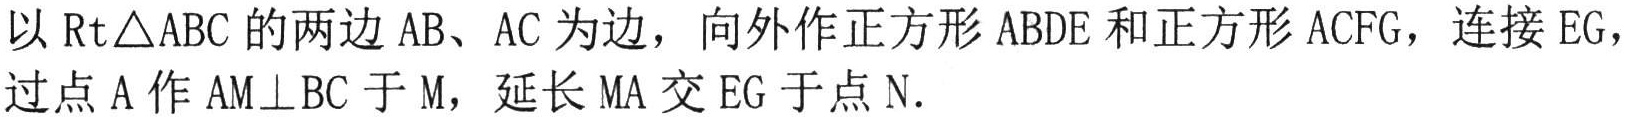
以\(Rt\triangle ABC\)的两边\(AB\)、\(AC\)为边，向外作正方形\(ABDE\)和正方形\(ACFG\)，连接\(EG\)，过点\(A\)作\(AM\perp BC\)于\(M\)，延长\(MA\)交\(EG\)于点\(N\)。